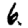
Digit: 6